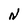
Character: N